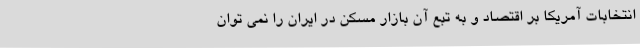
انتخابات آمریکا بر اقتصاد و به تبع آن بازار مسکن در ایران را نمی توان